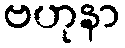
ဗဟုနာ